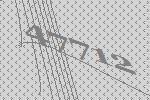
47712